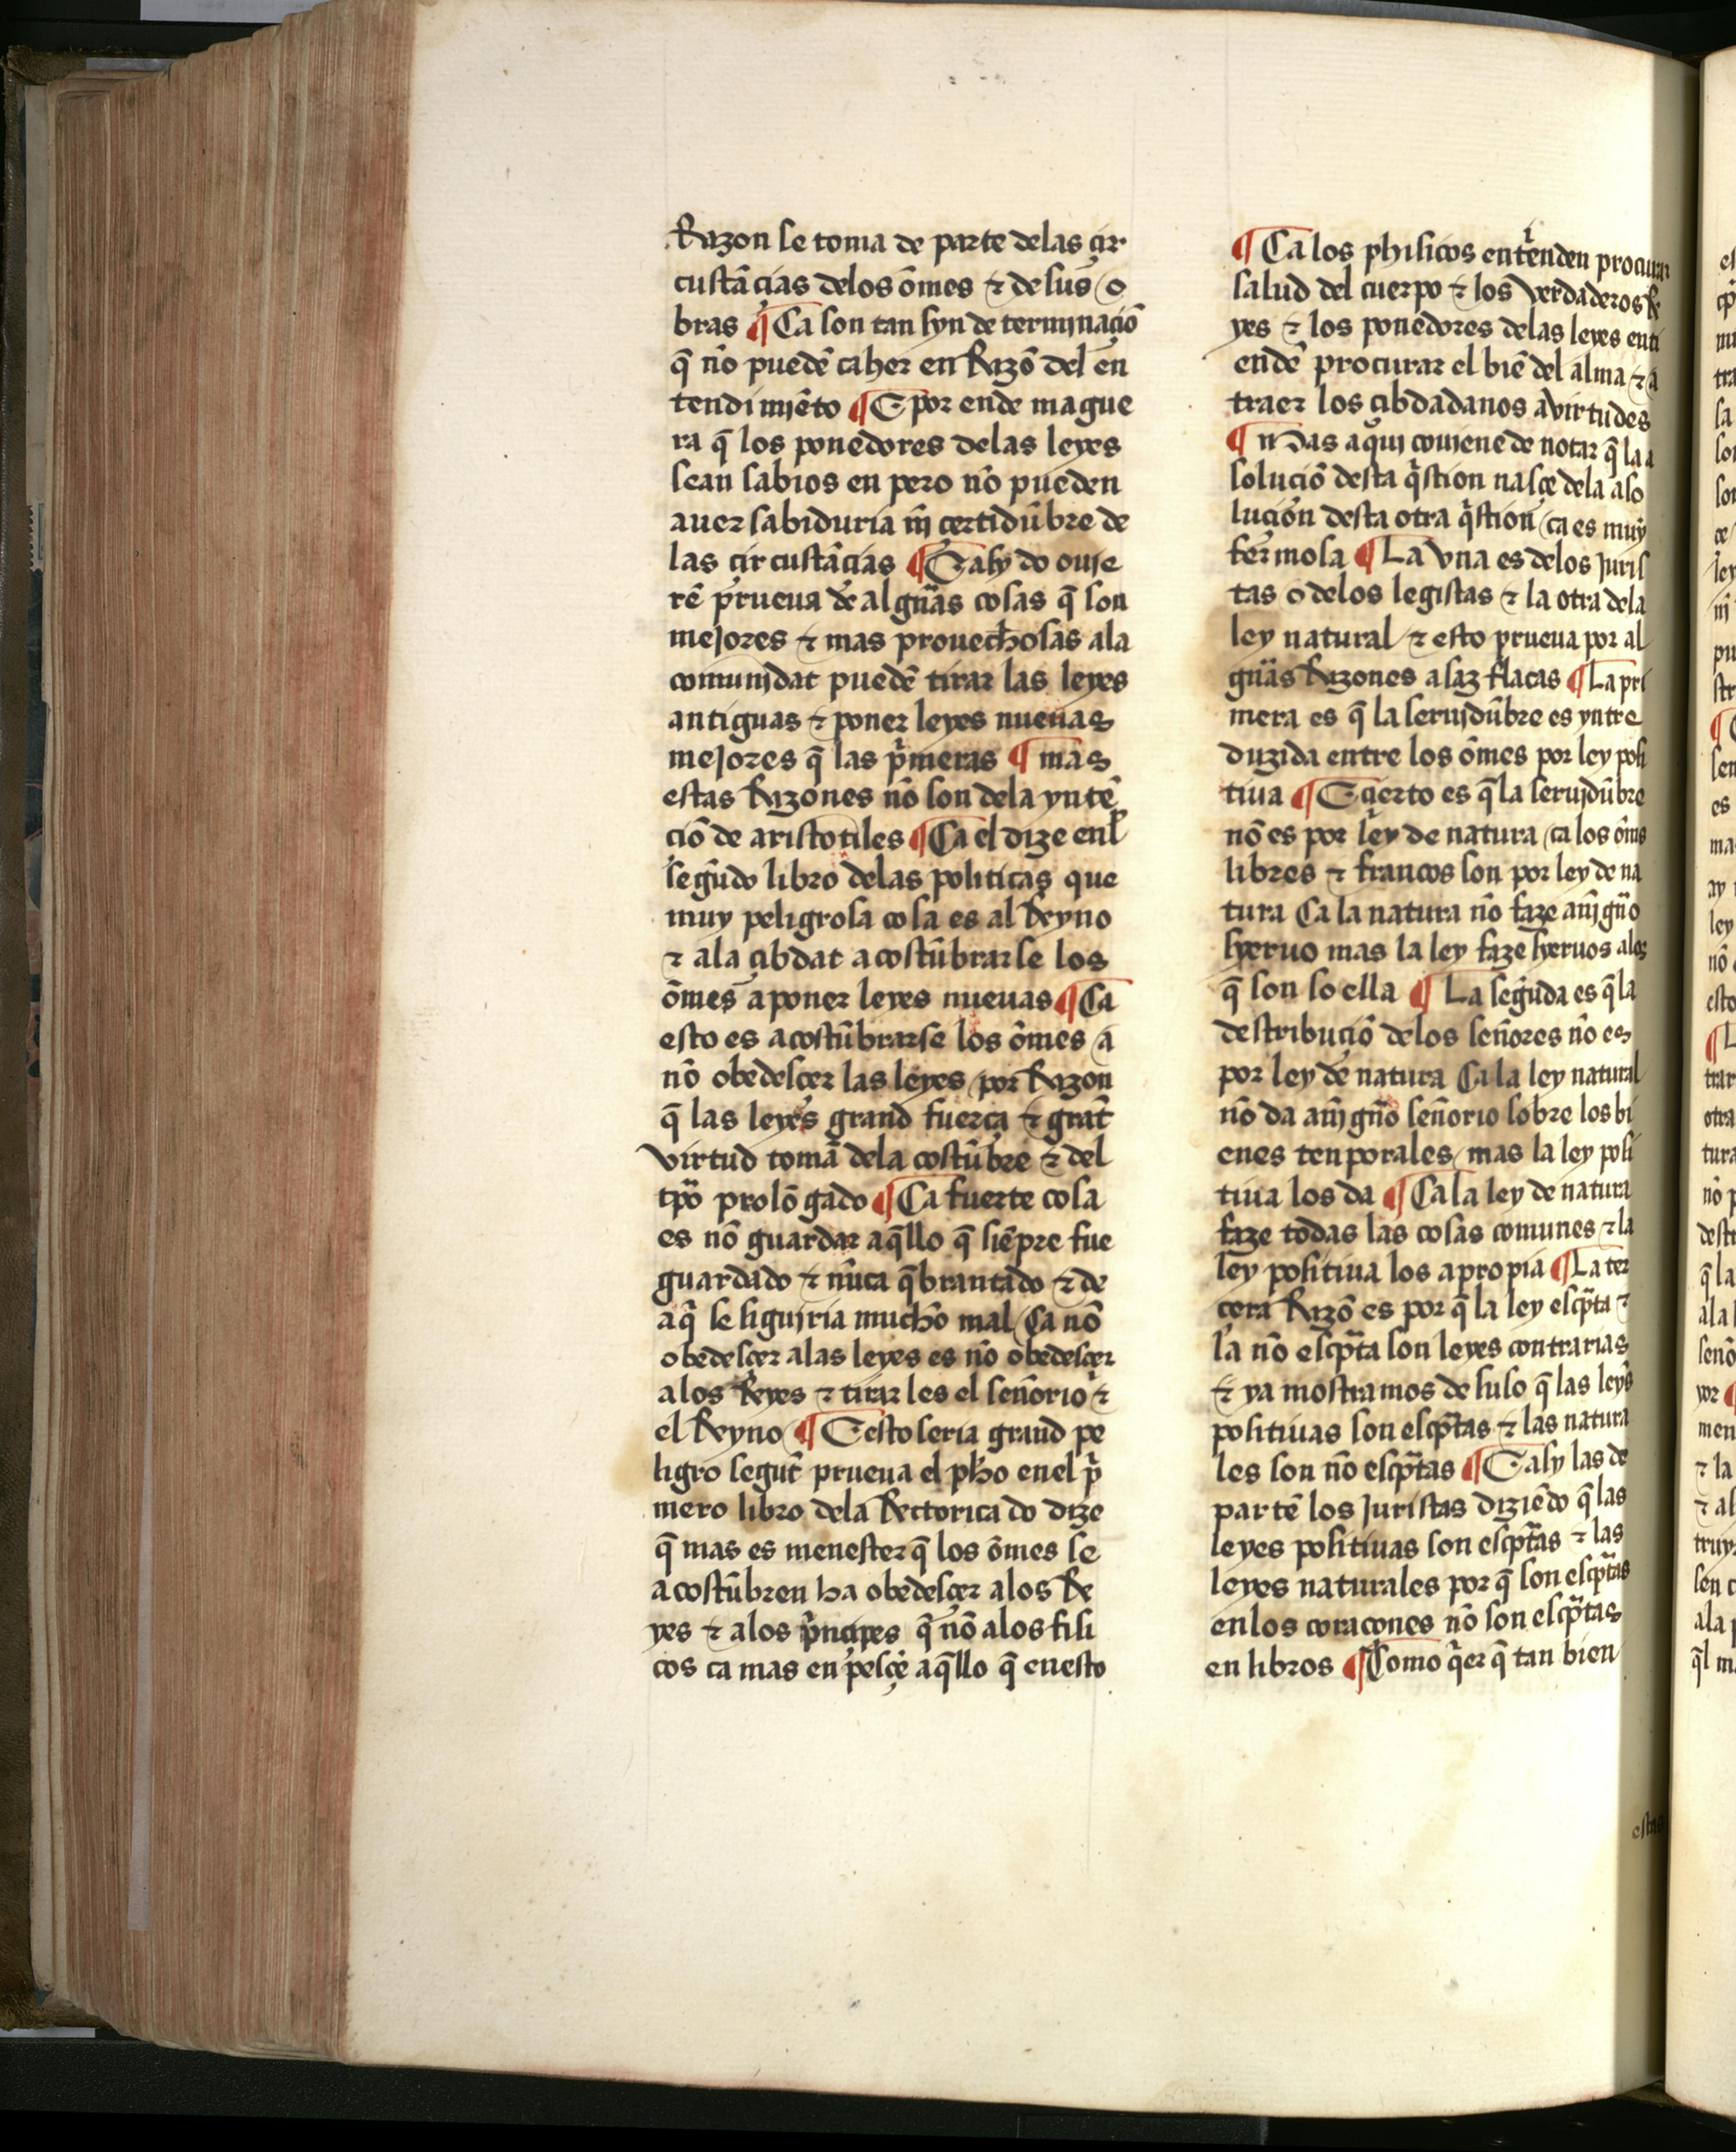
Shelfmark: Salamanca, Biblioteca Histórica USAL, 2709
Century: 15